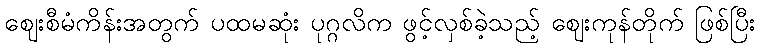
ဈေးစီမံကိန်းအတွက် ပထမဆုံး ပုဂ္ဂလိက ဖွင့်လှစ်ခဲ့သည့် ဈေးကုန်တိုက် ဖြစ်ပြီး